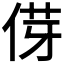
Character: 𫢯